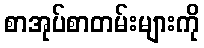
စာအုပ်စာတမ်းများကို